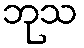
ဘုသ